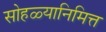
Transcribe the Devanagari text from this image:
सोहळ्यानिमित्त